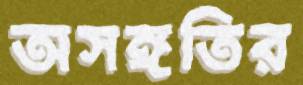
অসঙ্গতির